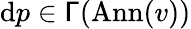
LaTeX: \mathrm{d}p\in\mathsf{\Gamma}(\mathrm{Ann}(v))